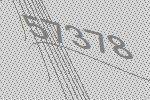
57378